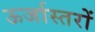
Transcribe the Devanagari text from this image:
ऊर्जास्तरों